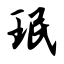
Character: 珉